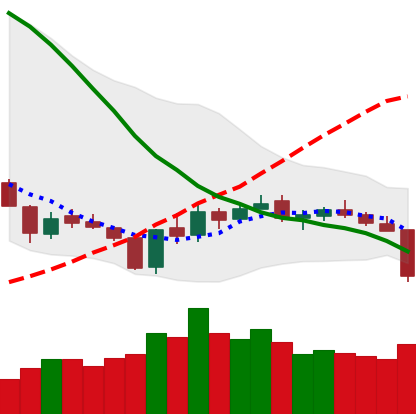
Ticker: XLM-USD
Chart end date: 2018-06-10
Forward return: -5.417%
Label: down_5_7